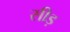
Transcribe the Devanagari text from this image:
सीड़